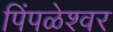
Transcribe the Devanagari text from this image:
पिंपळेश्‍वर